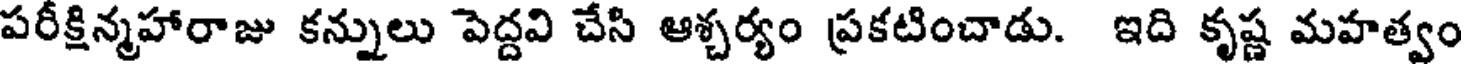
పరీక్షిన్మహారాజు కన్నులు పెద్దవి చేసి ఆశ్చర్యం ప్రకటించాడు. ఇది కృష్ణ మహత్వం